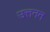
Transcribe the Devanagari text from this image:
उत्तनन